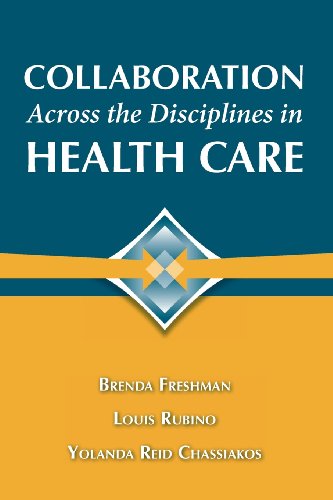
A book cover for Collaboration Across The Disciplines In Health Care; Dr.  Brenda Freshman; Law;